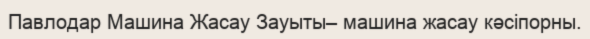
Павлодар Машина Жасау Зауыты– машина жасау кәсіпорны.